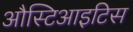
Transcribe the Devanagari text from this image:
औस्टिआइटिस